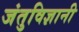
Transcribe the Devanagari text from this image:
जंतुविज्ञानी